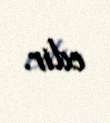
edir.